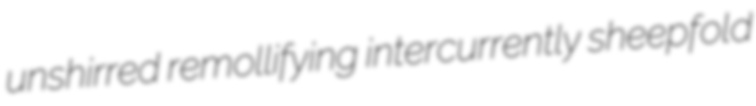
unshirred remollifying intercurrently sheepfold